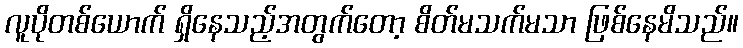
လူပိုတစ်ယောက် ရှိနေသည့်အတွက်တော့ စိတ်မသက်မသာ ဖြစ်နေမိသည်။